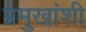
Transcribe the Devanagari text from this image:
प्रमुखांशी